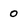
Character: 0